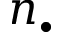
n _ { \bullet }